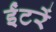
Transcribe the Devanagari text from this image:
ईंटरें